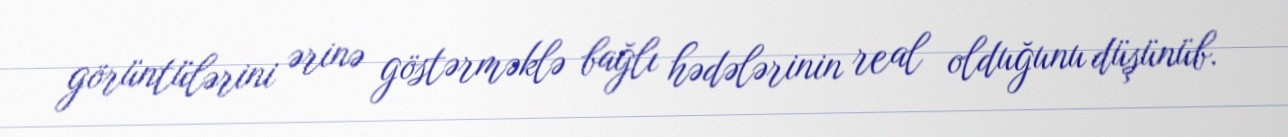
görüntülərini ərinə göstərməklə bağlı hədələrinin real olduğunu düşünüb.